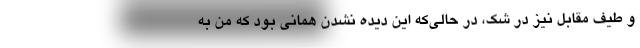
و طیف مقابل نیز در شک، در حالی‌که این دیده نشدن همانی بود که من به